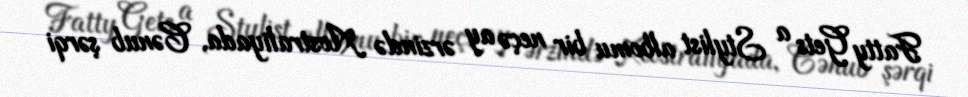
Fatty Gets a Stylist albomu bir neçə ay ərzində Avstraliyada, Cənub şərqi